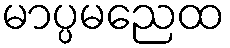
မာပ္ပမညေထ